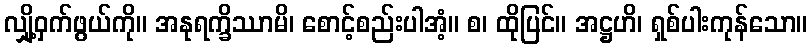
လျှို့ဝှက်ဖွယ်ကို။ အနုရက္ခိဿာမိ၊ စောင့်စည်းပါအံ့။ စ၊ ထိုပြင်။ အဋ္ဌဟိ၊ ရှစ်ပါးကုန်သော။